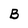
Character: B